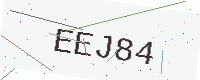
Text: EEJ84